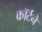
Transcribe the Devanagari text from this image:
कॉर्टने